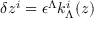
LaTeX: \delta z ^ { i } = \epsilon ^ { \Lambda } k _ { \Lambda } ^ { i } ( z )